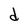
Character: d